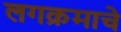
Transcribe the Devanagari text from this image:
लगक्रमाचे